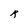
Character: R